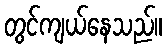
တွင်ကျယ်နေသည်။